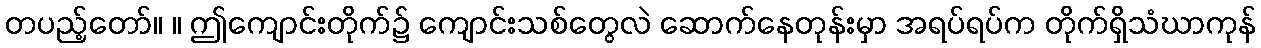
တပည့်တော်။ ။ ဤကျောင်းတိုက်၌ ကျောင်းသစ်တွေလဲ ဆောက်နေတုန်းမှာ အရပ်ရပ်က တိုက်ရှိသံဃာကုန်